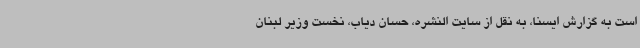
است به گزارش ایسنا، به نقل از سایت النشره، حسان دیاب، نخست وزیر لبنان